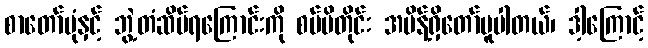
စာတော်ပုံနှင့် ဘွဲ့တံဆိပ်ရကြောင်းကို စပ်မိတိုင်း အမိန့်ရှိတော်မူပါတယ်၊ ဒါ့ကြောင့်